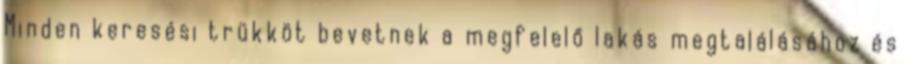
Minden keresési trükköt bevetnek a megfelelő lakás megtalálásához és